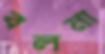
বলনা